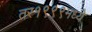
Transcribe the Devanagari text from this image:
तर१९९९मध्ये